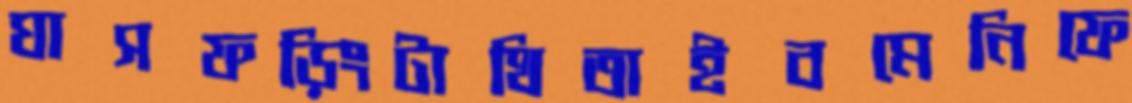
ঘাসফড়িংটাথিতাইবমেনিফে